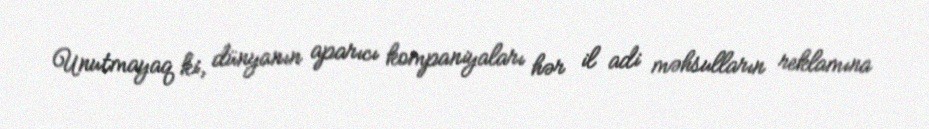
Unutmayaq ki, dünyanın aparıcı kompaniyaları hər il adi məhsulların reklamına